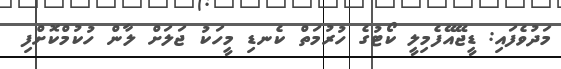
މަދުވެފައި: ޑީޖޭއޭފެމިލީ ކޯޓުގެ ހުރުމަތް ކެނޑި މީހަކު ޖަލަށް ލާން ހުކުމްކޮށްފި